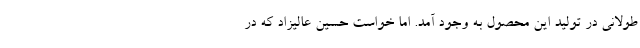
طولانی در تولید این محصول به وجود آمد. اما خواست حسین عالیزاد که در